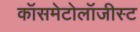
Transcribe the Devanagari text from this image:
कॉसमेटोलॉजीस्ट